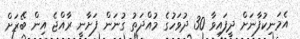
އެމަނިކުފާނަށް ދީފައިވާ 30 ދުވަހުގެ މުއްދަތު ގުނަން ފަށާނީ ރާއްޖެ އިން ބޭރަށް